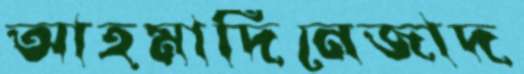
আহমাদিনেজাদ